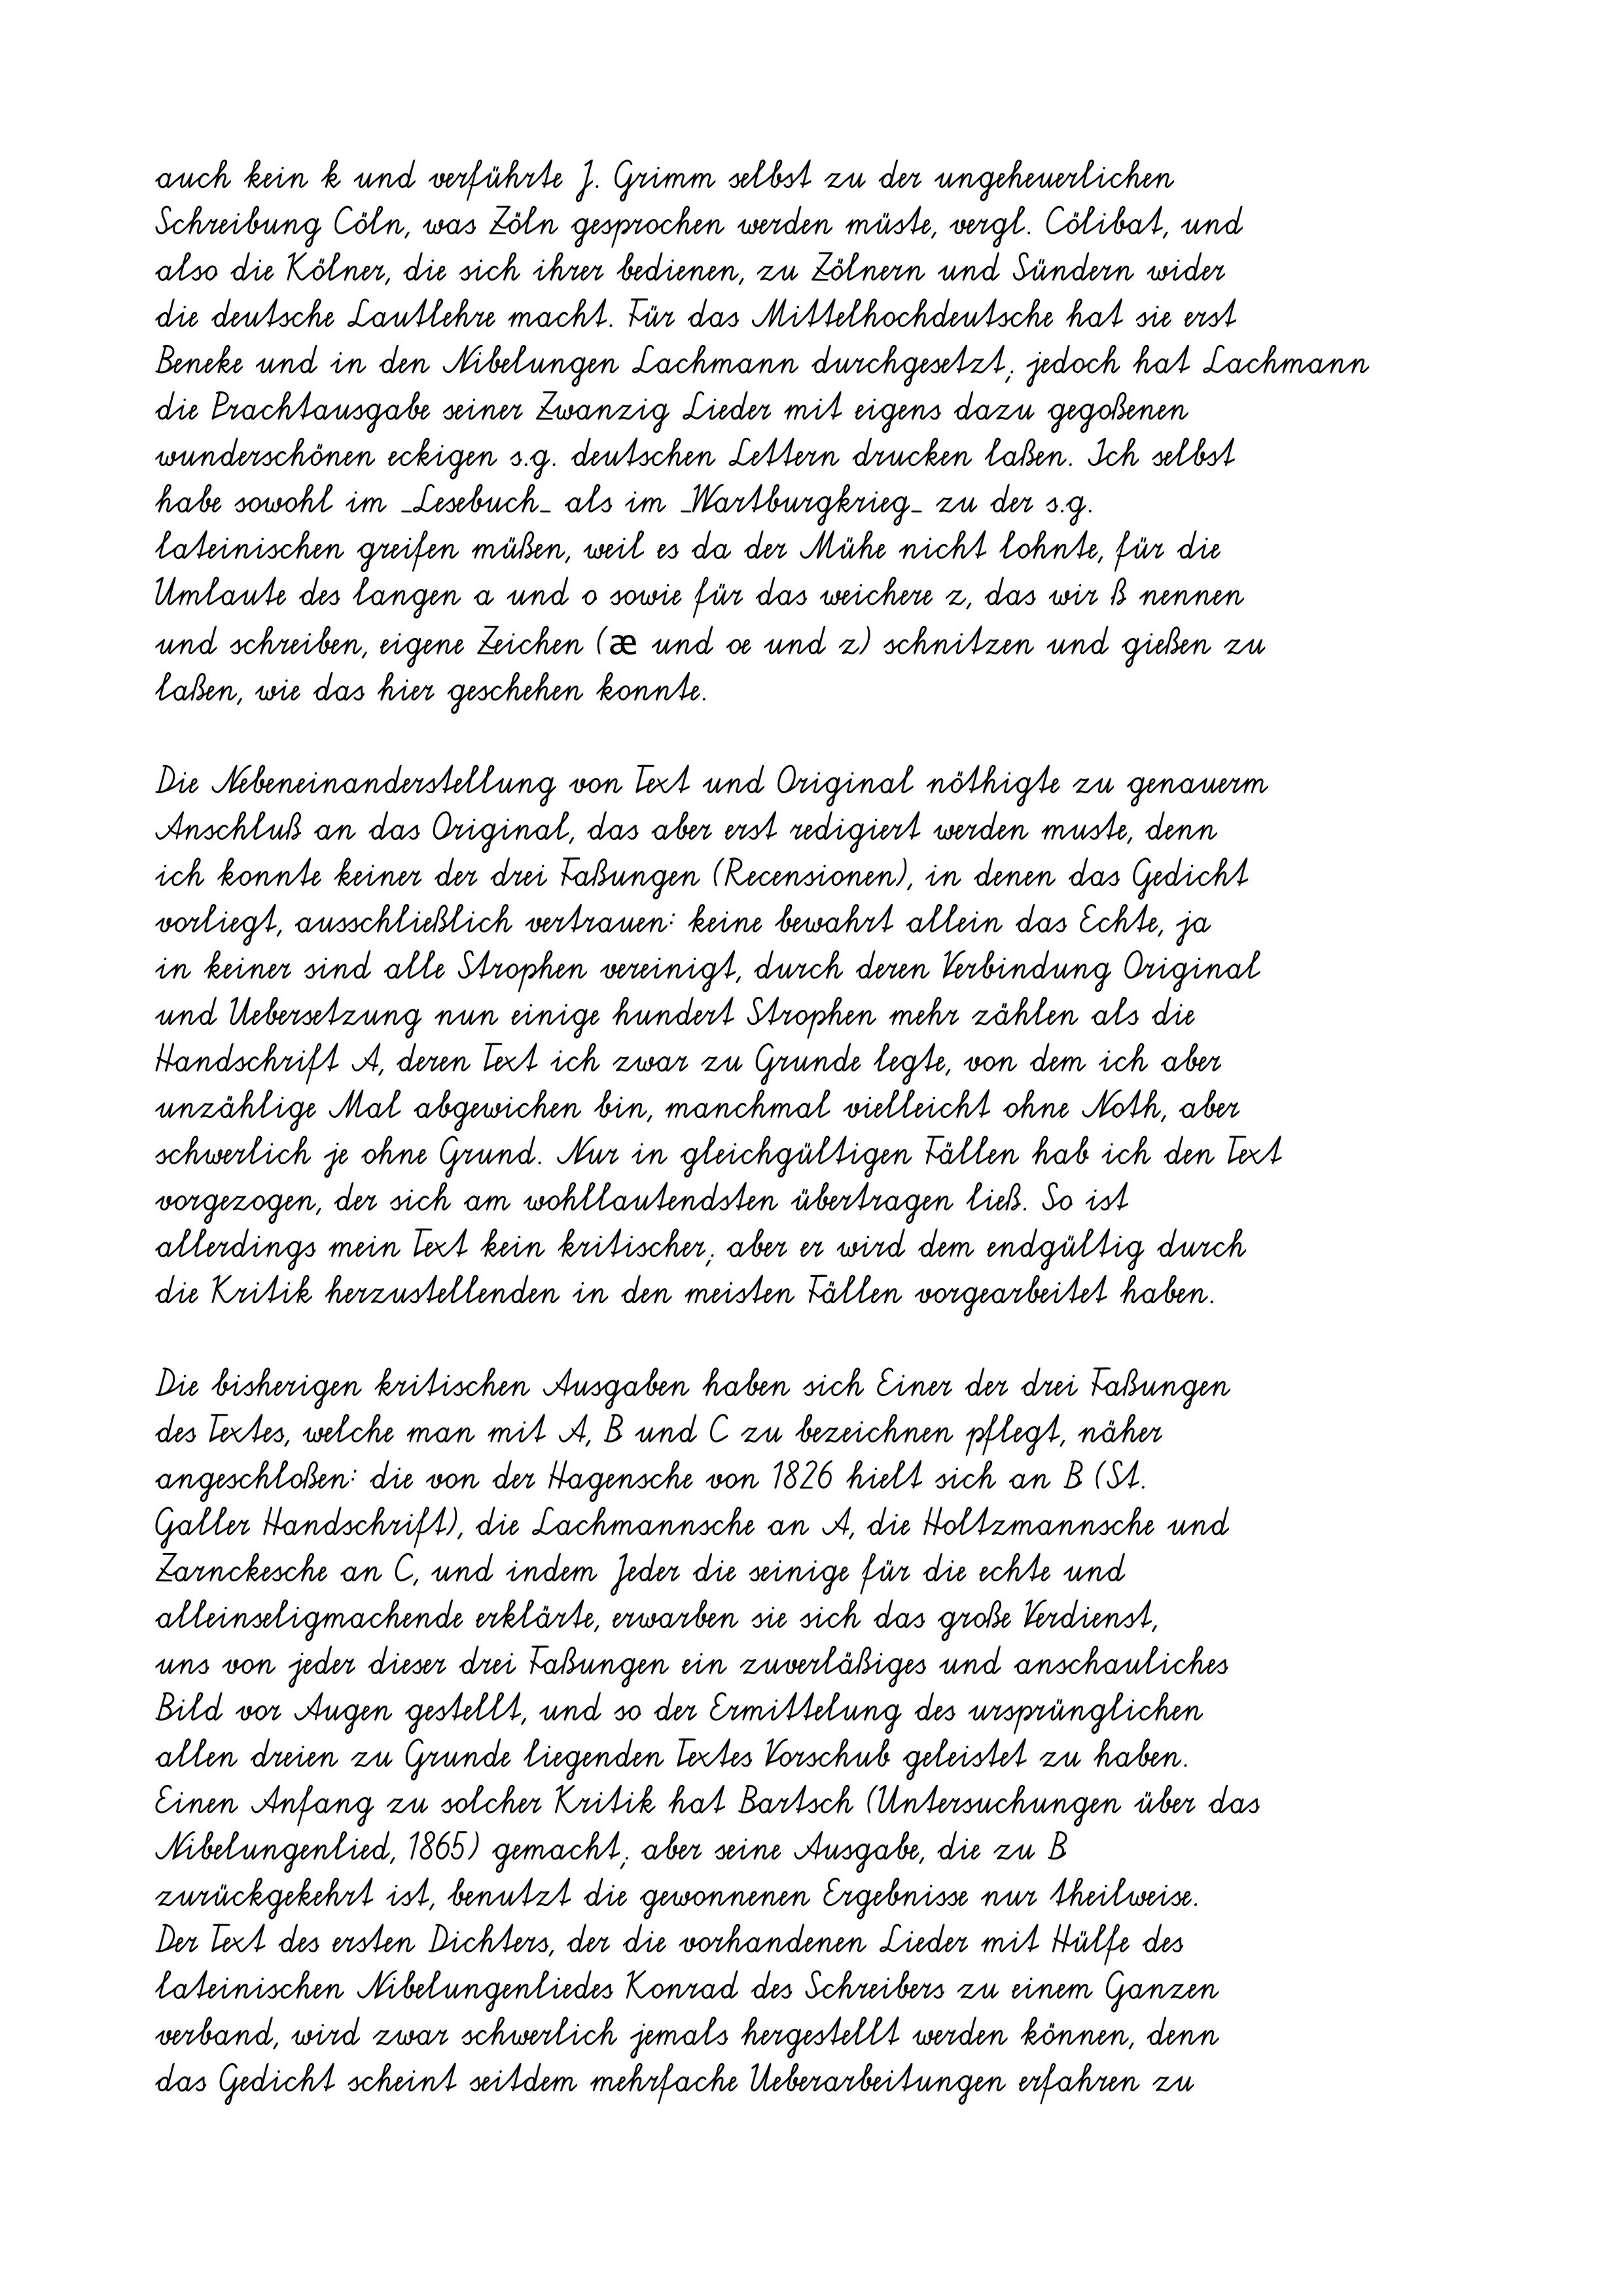
auch kein k und verführte J. Grimm selbst zu der ungeheuerlichen
Schreibung Cöln, was Zöln gesprochen werden müste, vergl. Cölibat, und
also die Kölner, die sich ihrer bedienen, zu Zölnern und Sündern wider
die deutsche Lautlehre macht. Für das Mittelhochdeutsche hat sie erst
Beneke und in den Nibelungen Lachmann durchgesetzt; jedoch hat Lachmann
die Prachtausgabe seiner Zwanzig Lieder mit eigens dazu gegoßenen
wunderschönen eckigen s.g. deutschen Lettern drucken laßen. Ich selbst
habe sowohl im _Lesebuch_ als im _Wartburgkrieg_ zu der s.g.
lateinischen greifen müßen, weil es da der Mühe nicht lohnte, für die
Umlaute des langen a und o sowie für das weichere z, das wir ß nennen
und schreiben, eigene Zeichen (æ und oe und z) schnitzen und gießen zu
laßen, wie das hier geschehen konnte.
Die Nebeneinanderstellung von Text und Original nöthigte zu genauerm
Anschluß an das Original, das aber erst redigiert werden muste, denn
ich konnte keiner der drei Faßungen (Recensionen), in denen das Gedicht
vorliegt, ausschließlich vertrauen: keine bewahrt allein das Echte, ja
in keiner sind alle Strophen vereinigt, durch deren Verbindung Original
und Uebersetzung nun einige hundert Strophen mehr zählen als die
Handschrift A, deren Text ich zwar zu Grunde legte, von dem ich aber
unzählige Mal abgewichen bin, manchmal vielleicht ohne Noth, aber
schwerlich je ohne Grund. Nur in gleichgültigen Fällen hab ich den Text
vorgezogen, der sich am wohllautendsten übertragen ließ. So ist
allerdings mein Text kein kritischer; aber er wird dem endgültig durch
die Kritik herzustellenden in den meisten Fällen vorgearbeitet haben.
Die bisherigen kritischen Ausgaben haben sich Einer der drei Faßungen
des Textes, welche man mit A, B und C zu bezeichnen pflegt, näher
angeschloßen: die von der Hagensche von 1826 hielt sich an B (St.
Galler Handschrift), die Lachmannsche an A, die Holtzmannsche und
Zarnckesche an C, und indem Jeder die seinige für die echte und
alleinseligmachende erklärte, erwarben sie sich das große Verdienst,
uns von jeder dieser drei Faßungen ein zuverläßiges und anschauliches
Bild vor Augen gestellt, und so der Ermittelung des ursprünglichen
allen dreien zu Grunde liegenden Textes Vorschub geleistet zu haben.
Einen Anfang zu solcher Kritik hat Bartsch (Untersuchungen über das
Nibelungenlied, 1865) gemacht; aber seine Ausgabe, die zu B
zurückgekehrt ist, benutzt die gewonnenen Ergebnisse nur theilweise.
Der Text des ersten Dichters, der die vorhandenen Lieder mit Hülfe des
lateinischen Nibelungenliedes Konrad des Schreibers zu einem Ganzen
verband, wird zwar schwerlich jemals hergestellt werden können, denn
das Gedicht scheint seitdem mehrfache Ueberarbeitungen erfahren zu